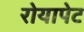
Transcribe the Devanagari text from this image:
रोयापेट